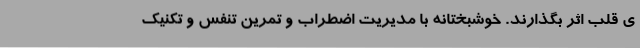
ی قلب اثر بگذارند. خوشبختانه با مدیریت اضطراب و تمرین تنفس و تکنیک